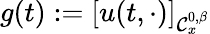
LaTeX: g(t):=[u(t,\cdot)]_{\mathcal{C}_{x}^{0,\beta}}